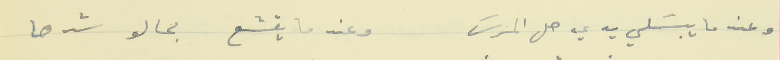
وعند ما يبسَلي يدي حل المرسَ                       وعند ما يقشع بحالو شدها